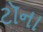
ટૉના